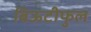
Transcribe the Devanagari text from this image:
बिऊटीफुल